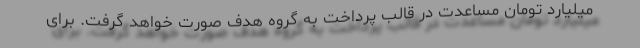
میلیارد تومان مساعدت در قالب پرداخت به گروه هدف صورت خواهد گرفت. برای